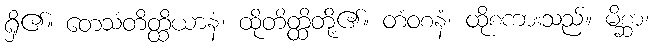
ရှိ၏။ တေသံတိတ္ထိယာနံ၊ ထိုတိတ္ထိတို့၏။ တံဝစနံ၊ ထိုစကားသည်။ မိစ္ဆာ၊